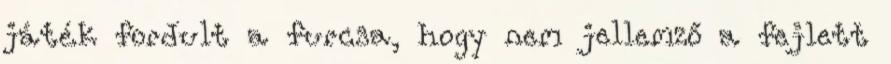
játék fordult a furcsa, hogy nem jellemző a fejlett